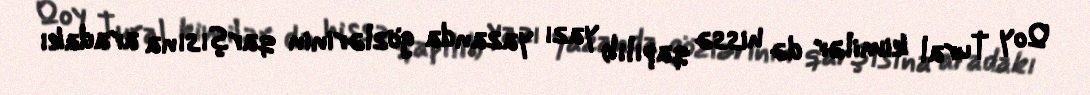
Qoy Tural kimilər də hissə qapılıb yazı yazanda gözlərinin qarşısına aradakı